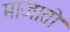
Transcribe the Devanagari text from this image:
माजातो